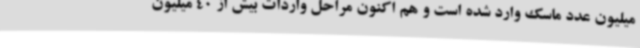
میلیون عدد ماسک وارد شده است و هم اکنون مراحل واردات بیش از 40 میلیون